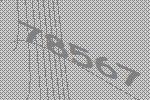
78567